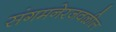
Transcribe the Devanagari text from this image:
संगमनेरजवळील